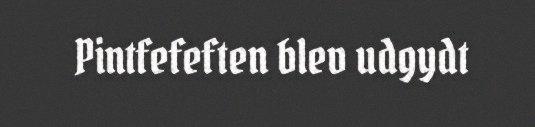
Pintfefeften blev udgydt